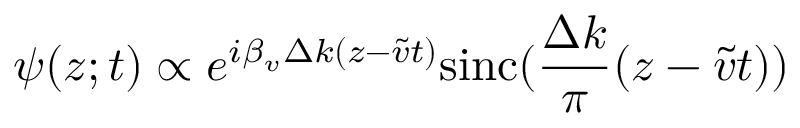
\psi ( z ; t ) \propto e ^ { i \beta _ { v } \Delta k ( z - \widetilde { v } t ) } \mathrm { s i n c } ( \frac { \Delta k } { \pi } ( z - \widetilde { v } t ) )